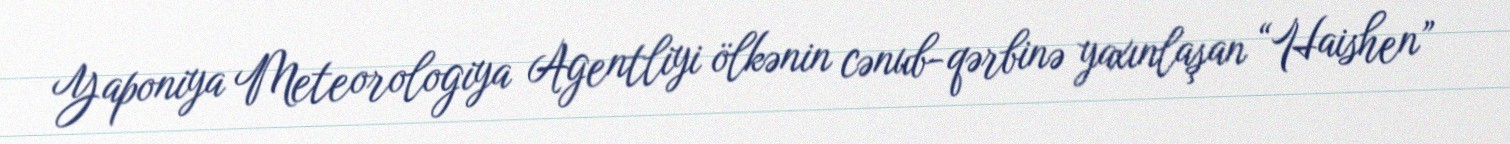
Yaponiya Meteorologiya Agentliyi ölkənin cənub-qərbinə yaxınlaşan “Haishen”